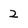
Character: 2